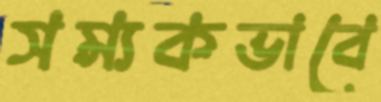
সম্যকভাবে